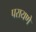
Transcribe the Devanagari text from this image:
परायणे